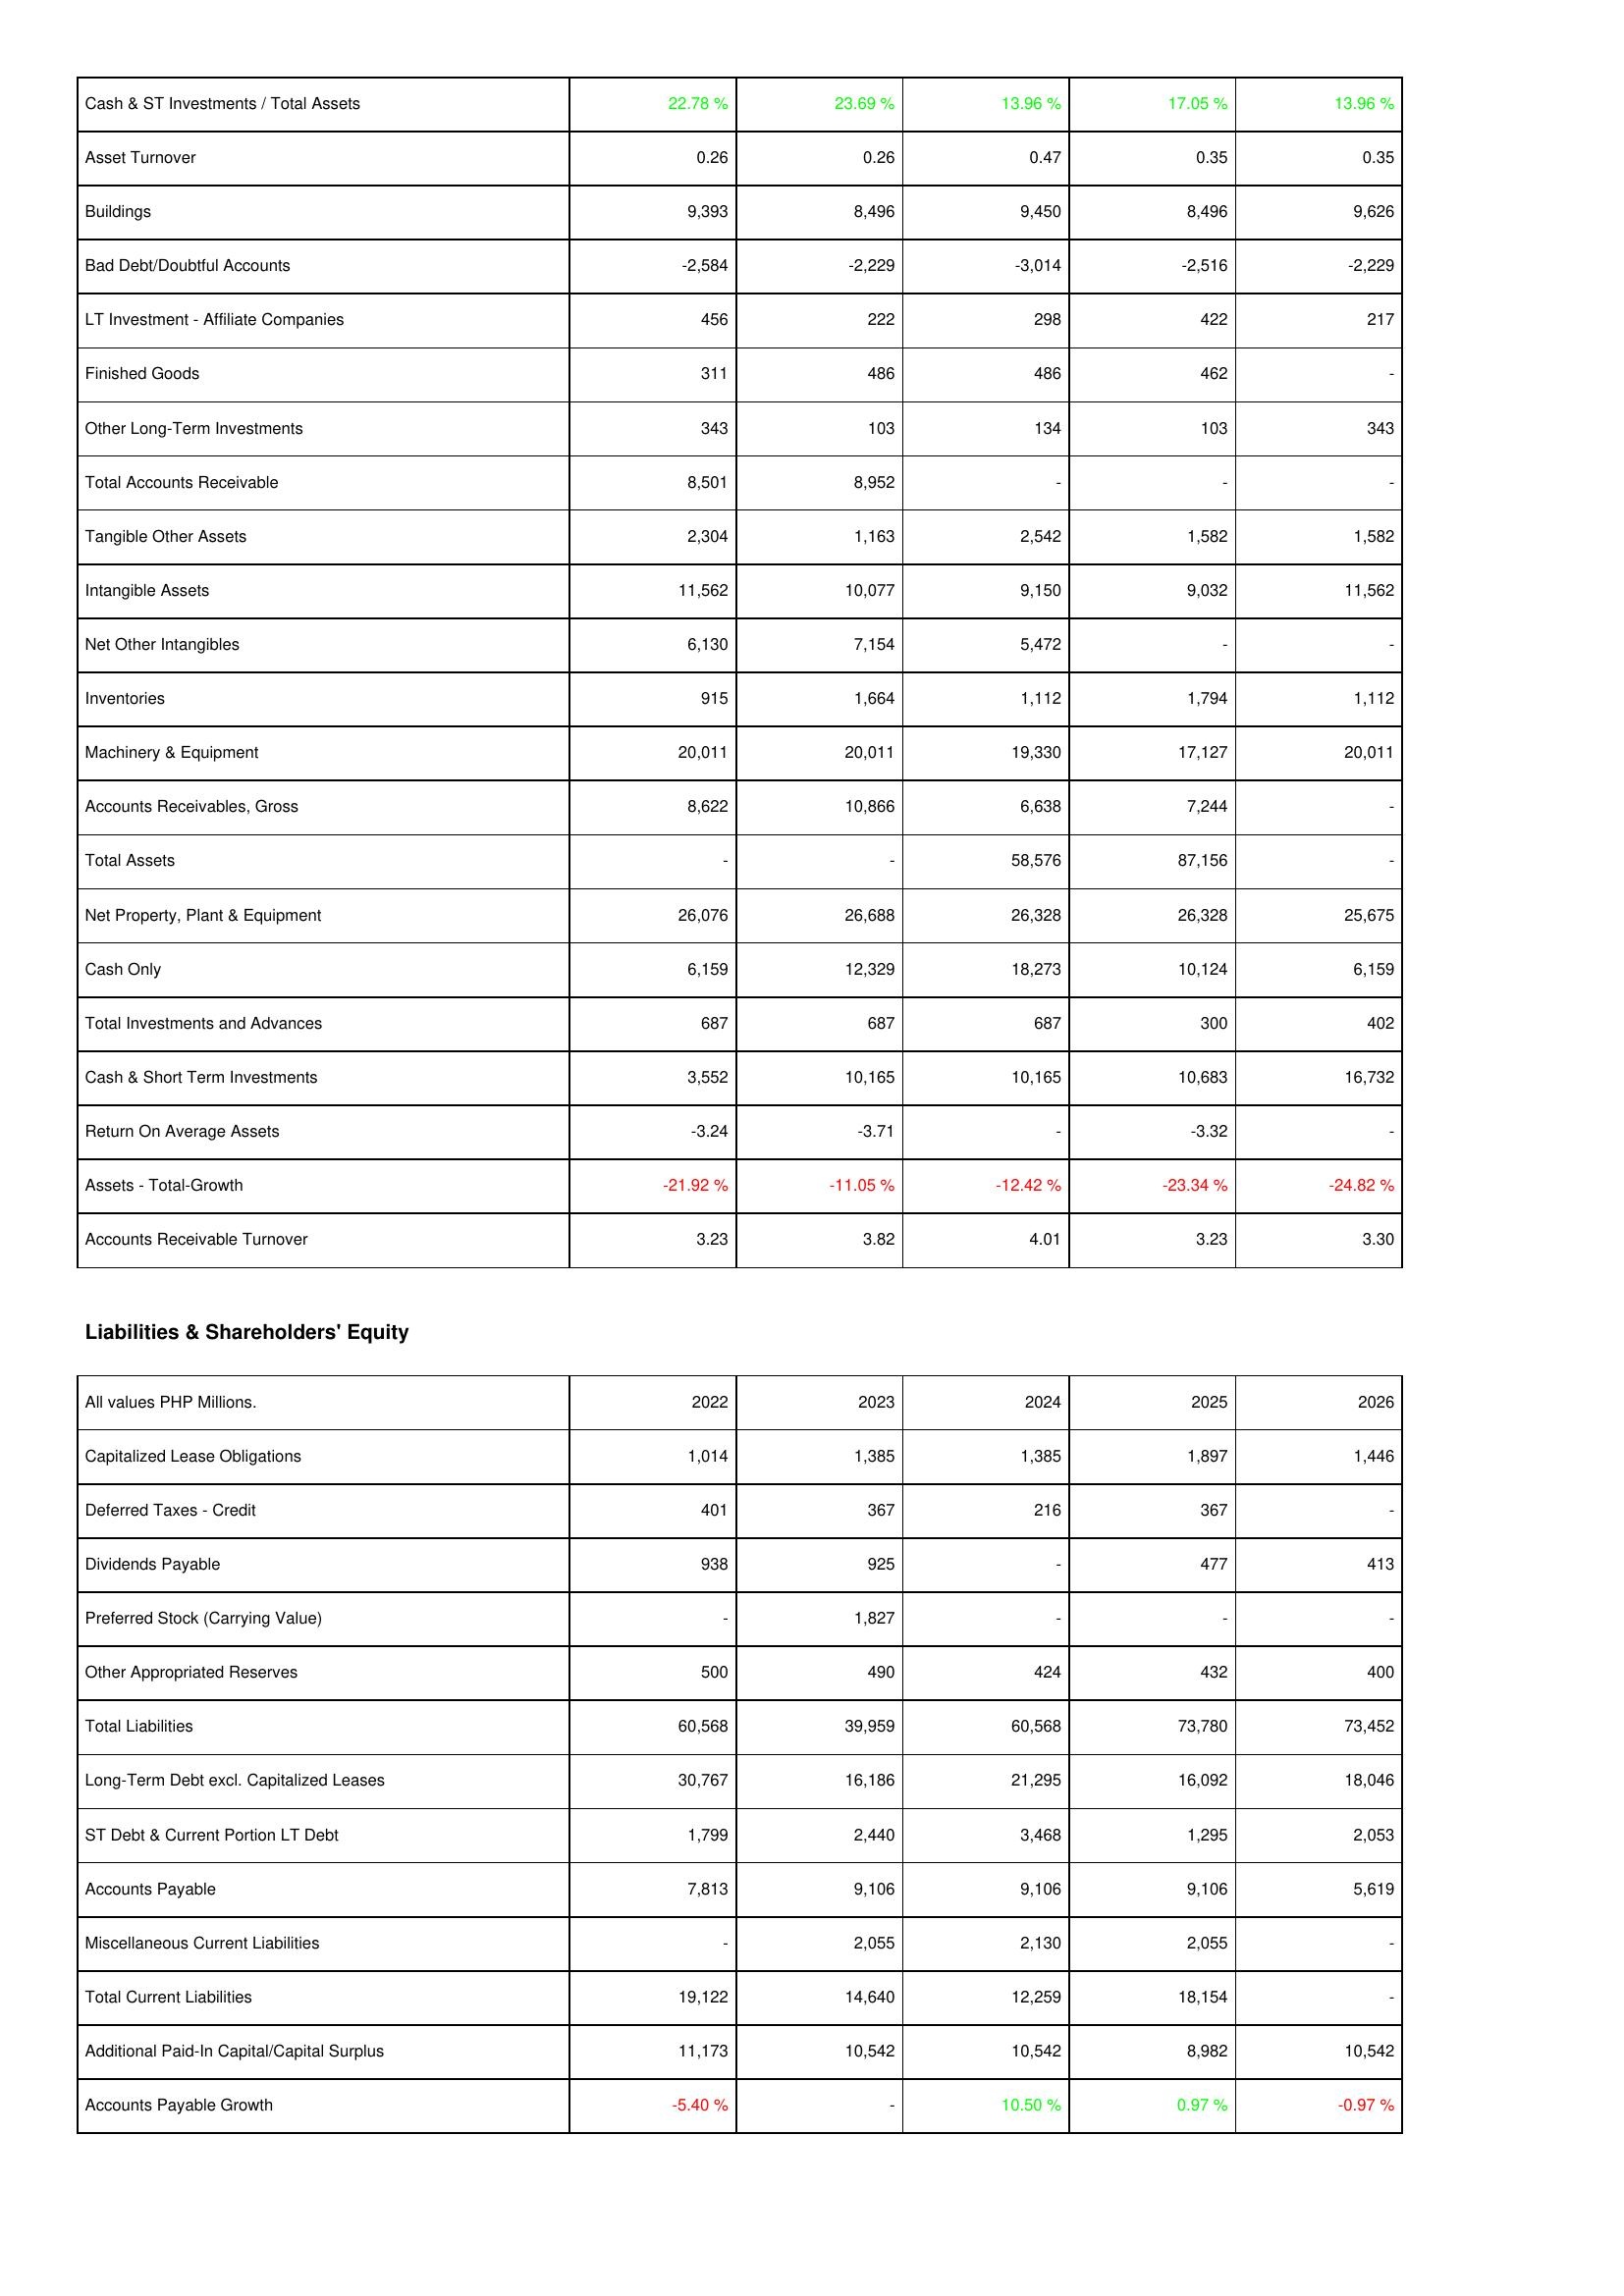
2022: Assets: Cash & ST Investments / Total Assets: 22.78 %
Asset Turnover: 0.26
Buildings: 9,393
Bad Debt/Doubtful Accounts: -2,584
LT Investment - Affiliate Companies: 456
Finished Goods: 311
Other Long-Term Investments: 343
Total Accounts Receivable: 8,501
Tangible Other Assets: 2,304
Intangible Assets: 11,562
Net Other Intangibles: 6,130
Inventories: 915
Machinery & Equipment: 20,011
Accounts Receivables, Gross: 8,622
Total Assets: -
Net Property, Plant & Equipment: 26,076
Cash Only: 6,159
Total Investments and Advances: 687
Cash & Short Term Investments: 3,552
Return On Average Assets: -3.24
Assets - Total-Growth: -21.92 %
Accounts Receivable Turnover: 3.23
Liabilities & Shareholders' Equity: Capitalized Lease Obligations: 1,014
Deferred Taxes - Credit: 401
Dividends Payable: 938
Preferred Stock (Carrying Value): -
Other Appropriated Reserves: 500
Total Liabilities: 60,568
Long-Term Debt excl. Capitalized Leases: 30,767
ST Debt & Current Portion LT Debt: 1,799
Accounts Payable: 7,813
Miscellaneous Current Liabilities: -
Total Current Liabilities: 19,122
Additional Paid-In Capital/Capital Surplus: 11,173
Accounts Payable Growth: -5.40 %
2023: Assets: Cash & ST Investments / Total Assets: 23.69 %
Asset Turnover: 0.26
Buildings: 8,496
Bad Debt/Doubtful Accounts: -2,229
LT Investment - Affiliate Companies: 222
Finished Goods: 486
Other Long-Term Investments: 103
Total Accounts Receivable: 8,952
Tangible Other Assets: 1,163
Intangible Assets: 10,077
Net Other Intangibles: 7,154
Inventories: 1,664
Machinery & Equipment: 20,011
Accounts Receivables, Gross: 10,866
Total Assets: -
Net Property, Plant & Equipment: 26,688
Cash Only: 12,329
Total Investments and Advances: 687
Cash & Short Term Investments: 10,165
Return On Average Assets: -3.71
Assets - Total-Growth: -11.05 %
Accounts Receivable Turnover: 3.82
Liabilities & Shareholders' Equity: Capitalized Lease Obligations: 1,385
Deferred Taxes - Credit: 367
Dividends Payable: 925
Preferred Stock (Carrying Value): 1,827
Other Appropriated Reserves: 490
Total Liabilities: 39,959
Long-Term Debt excl. Capitalized Leases: 16,186
ST Debt & Current Portion LT Debt: 2,440
Accounts Payable: 9,106
Miscellaneous Current Liabilities: 2,055
Total Current Liabilities: 14,640
Additional Paid-In Capital/Capital Surplus: 10,542
Accounts Payable Growth: -
2024: Assets: Cash & ST Investments / Total Assets: 13.96 %
Asset Turnover: 0.47
Buildings: 9,450
Bad Debt/Doubtful Accounts: -3,014
LT Investment - Affiliate Companies: 298
Finished Goods: 486
Other Long-Term Investments: 134
Total Accounts Receivable: -
Tangible Other Assets: 2,542
Intangible Assets: 9,150
Net Other Intangibles: 5,472
Inventories: 1,112
Machinery & Equipment: 19,330
Accounts Receivables, Gross: 6,638
Total Assets: 58,576
Net Property, Plant & Equipment: 26,328
Cash Only: 18,273
Total Investments and Advances: 687
Cash & Short Term Investments: 10,165
Return On Average Assets: -
Assets - Total-Growth: -12.42 %
Accounts Receivable Turnover: 4.01
Liabilities & Shareholders' Equity: Capitalized Lease Obligations: 1,385
Deferred Taxes - Credit: 216
Dividends Payable: -
Preferred Stock (Carrying Value): -
Other Appropriated Reserves: 424
Total Liabilities: 60,568
Long-Term Debt excl. Capitalized Leases: 21,295
ST Debt & Current Portion LT Debt: 3,468
Accounts Payable: 9,106
Miscellaneous Current Liabilities: 2,130
Total Current Liabilities: 12,259
Additional Paid-In Capital/Capital Surplus: 10,542
Accounts Payable Growth: 10.50 %
2025: Assets: Cash & ST Investments / Total Assets: 17.05 %
Asset Turnover: 0.35
Buildings: 8,496
Bad Debt/Doubtful Accounts: -2,516
LT Investment - Affiliate Companies: 422
Finished Goods: 462
Other Long-Term Investments: 103
Total Accounts Receivable: -
Tangible Other Assets: 1,582
Intangible Assets: 9,032
Net Other Intangibles: -
Inventories: 1,794
Machinery & Equipment: 17,127
Accounts Receivables, Gross: 7,244
Total Assets: 87,156
Net Property, Plant & Equipment: 26,328
Cash Only: 10,124
Total Investments and Advances: 300
Cash & Short Term Investments: 10,683
Return On Average Assets: -3.32
Assets - Total-Growth: -23.34 %
Accounts Receivable Turnover: 3.23
Liabilities & Shareholders' Equity: Capitalized Lease Obligations: 1,897
Deferred Taxes - Credit: 367
Dividends Payable: 477
Preferred Stock (Carrying Value): -
Other Appropriated Reserves: 432
Total Liabilities: 73,780
Long-Term Debt excl. Capitalized Leases: 16,092
ST Debt & Current Portion LT Debt: 1,295
Accounts Payable: 9,106
Miscellaneous Current Liabilities: 2,055
Total Current Liabilities: 18,154
Additional Paid-In Capital/Capital Surplus: 8,982
Accounts Payable Growth: 0.97 %
2026: Assets: Cash & ST Investments / Total Assets: 13.96 %
Asset Turnover: 0.35
Buildings: 9,626
Bad Debt/Doubtful Accounts: -2,229
LT Investment - Affiliate Companies: 217
Finished Goods: -
Other Long-Term Investments: 343
Total Accounts Receivable: -
Tangible Other Assets: 1,582
Intangible Assets: 11,562
Net Other Intangibles: -
Inventories: 1,112
Machinery & Equipment: 20,011
Accounts Receivables, Gross: -
Total Assets: -
Net Property, Plant & Equipment: 25,675
Cash Only: 6,159
Total Investments and Advances: 402
Cash & Short Term Investments: 16,732
Return On Average Assets: -
Assets - Total-Growth: -24.82 %
Accounts Receivable Turnover: 3.30
Liabilities & Shareholders' Equity: Capitalized Lease Obligations: 1,446
Deferred Taxes - Credit: -
Dividends Payable: 413
Preferred Stock (Carrying Value): -
Other Appropriated Reserves: 400
Total Liabilities: 73,452
Long-Term Debt excl. Capitalized Leases: 18,046
ST Debt & Current Portion LT Debt: 2,053
Accounts Payable: 5,619
Miscellaneous Current Liabilities: -
Total Current Liabilities: -
Additional Paid-In Capital/Capital Surplus: 10,542
Accounts Payable Growth: -0.97 %